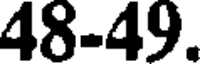
48-49.